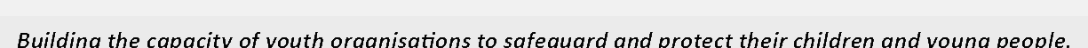
Building the capacity of youth organisations to safeguard and protect their children and young people.